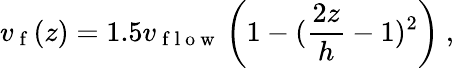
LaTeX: v_{\mathrm{~f~}}(z)=1.5v_{\mathrm{~f~l~o~w~}}\left(1-(\frac{2z}{h}-1)^{2}\right)\mathrm{~,~}